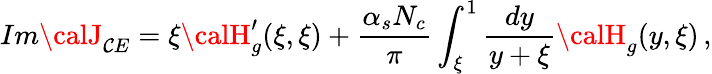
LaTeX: Im{\calJ}_{\mathcal{C}E}=\xi{\calH}_{g}^{\prime}(\xi,\xi)+\frac{{\alpha_{s}N_{c}}}{{\pi}}\int_{\xi}^{1}\frac{{dy}}{{y+\xi}}{\calH}_{g}(y,\xi)\, ,